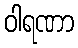
ဝါရဏာ